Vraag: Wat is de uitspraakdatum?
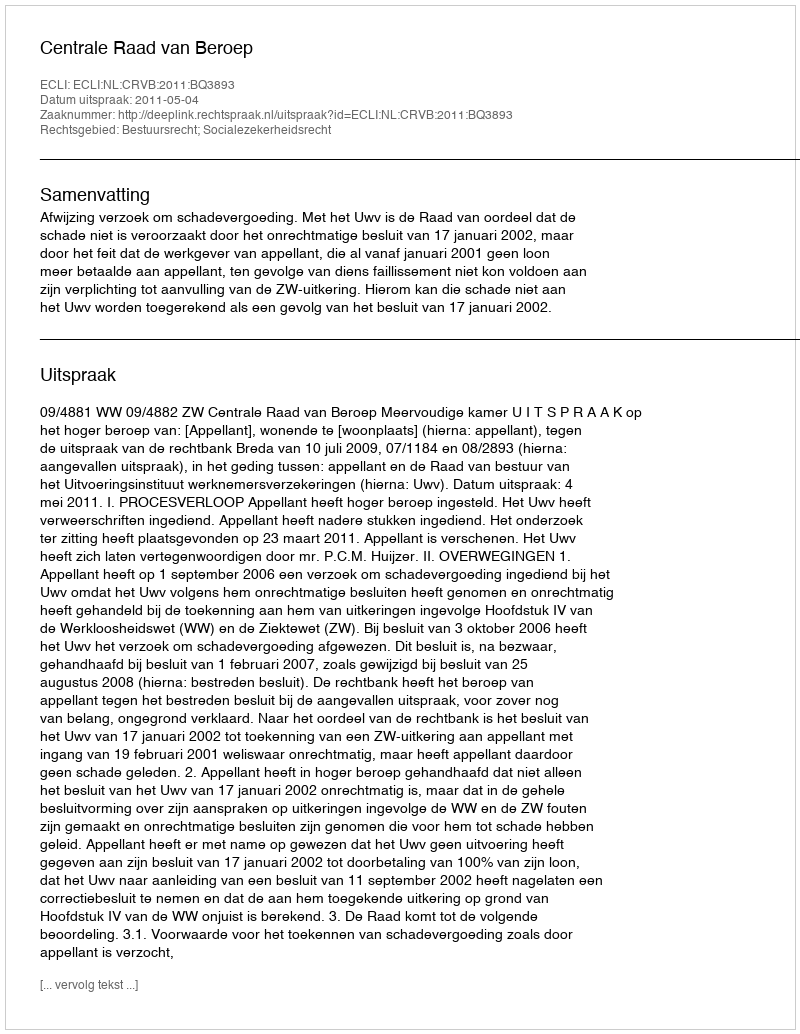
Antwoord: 2011-05-04